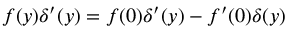
f ( y ) \delta ^ { \prime } ( y ) = f ( 0 ) \delta ^ { \prime } ( y ) - f ^ { \prime } ( 0 ) \delta ( y )